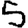
Digit: 5